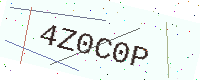
Text: 4Z0C0P